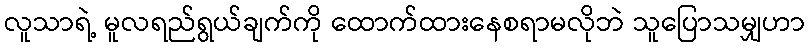
လူသာရဲ့ မူလရည်ရွယ်ချက်ကို ထောက်ထားနေစရာမလိုဘဲ သူပြောသမျှဟာ